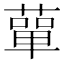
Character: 蕇